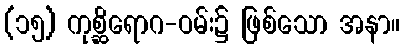
(၁၅) ကုစ္ဆိရောဂ-ဝမ်း၌ ဖြစ်သော အနာ။